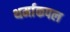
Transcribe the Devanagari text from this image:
थर्माकपल